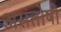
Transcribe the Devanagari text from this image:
असंतोषों